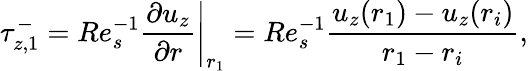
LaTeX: \tau_{z,1}^{-}=Re_{s}^{-1}\left.\displaystyle\frac{\partial u_{z}}{\partial r}\right|_{r_{1}}=Re_{s}^{-1}\displaystyle\frac{u_{z}(r_{1})-u_{z}(r_{i})}{r_{1}-r_{i}},